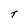
Character: T